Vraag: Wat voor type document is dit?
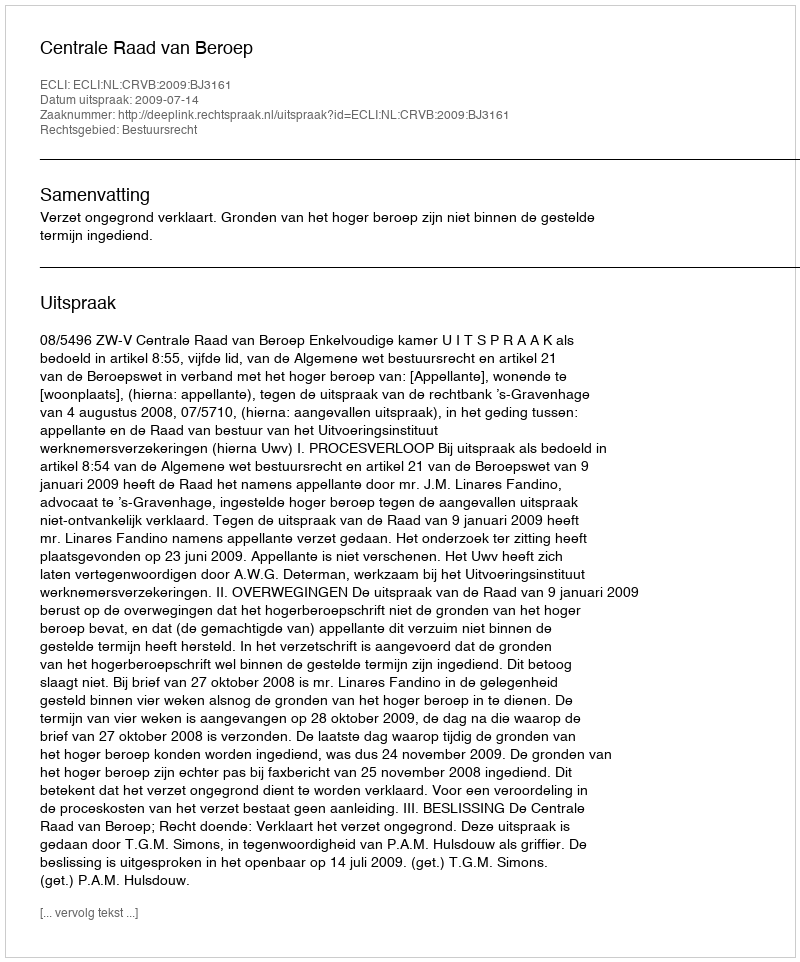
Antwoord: Uitspraak